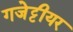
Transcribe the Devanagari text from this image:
गजेट्टीयर